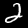
Label: 2